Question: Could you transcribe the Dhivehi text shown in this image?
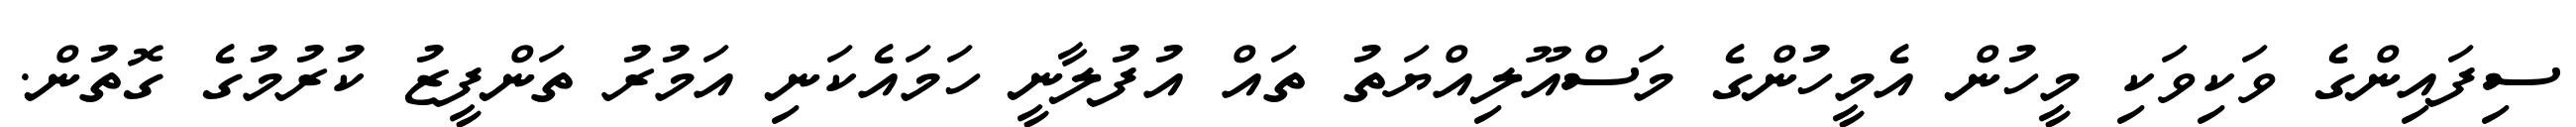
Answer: ސިފައިންގެ ވަކިވަކި މީހުން އެމީހުންގެ މަސްއޫލިއްޔަތު ތައް އުފުލާނީ ހަމައެކަނި އަމުރު ތަންފީޒު ކުރުމުގެ ގޮތުން.